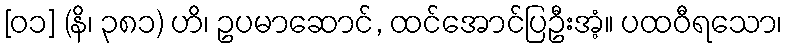
[၀၁] (နိ၊ ၃၈၁) ဟိ၊ ဥပမာဆောင်, ထင်အောင်ပြဦးအံ့။ ပထဝီရသော၊